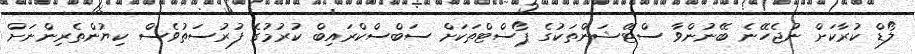
ލޯޑް ކުރާކަށް ނުޖެހޭނެ ބޭނުންވާ ސްޓޭޝަންތަކުގެ ޕޯސްޓްތަކަށް ސަބްސްކްރައިބް ކުރުމުގެ ފުރުސަތުވެސް ކިޔުންތެރިންނަށް